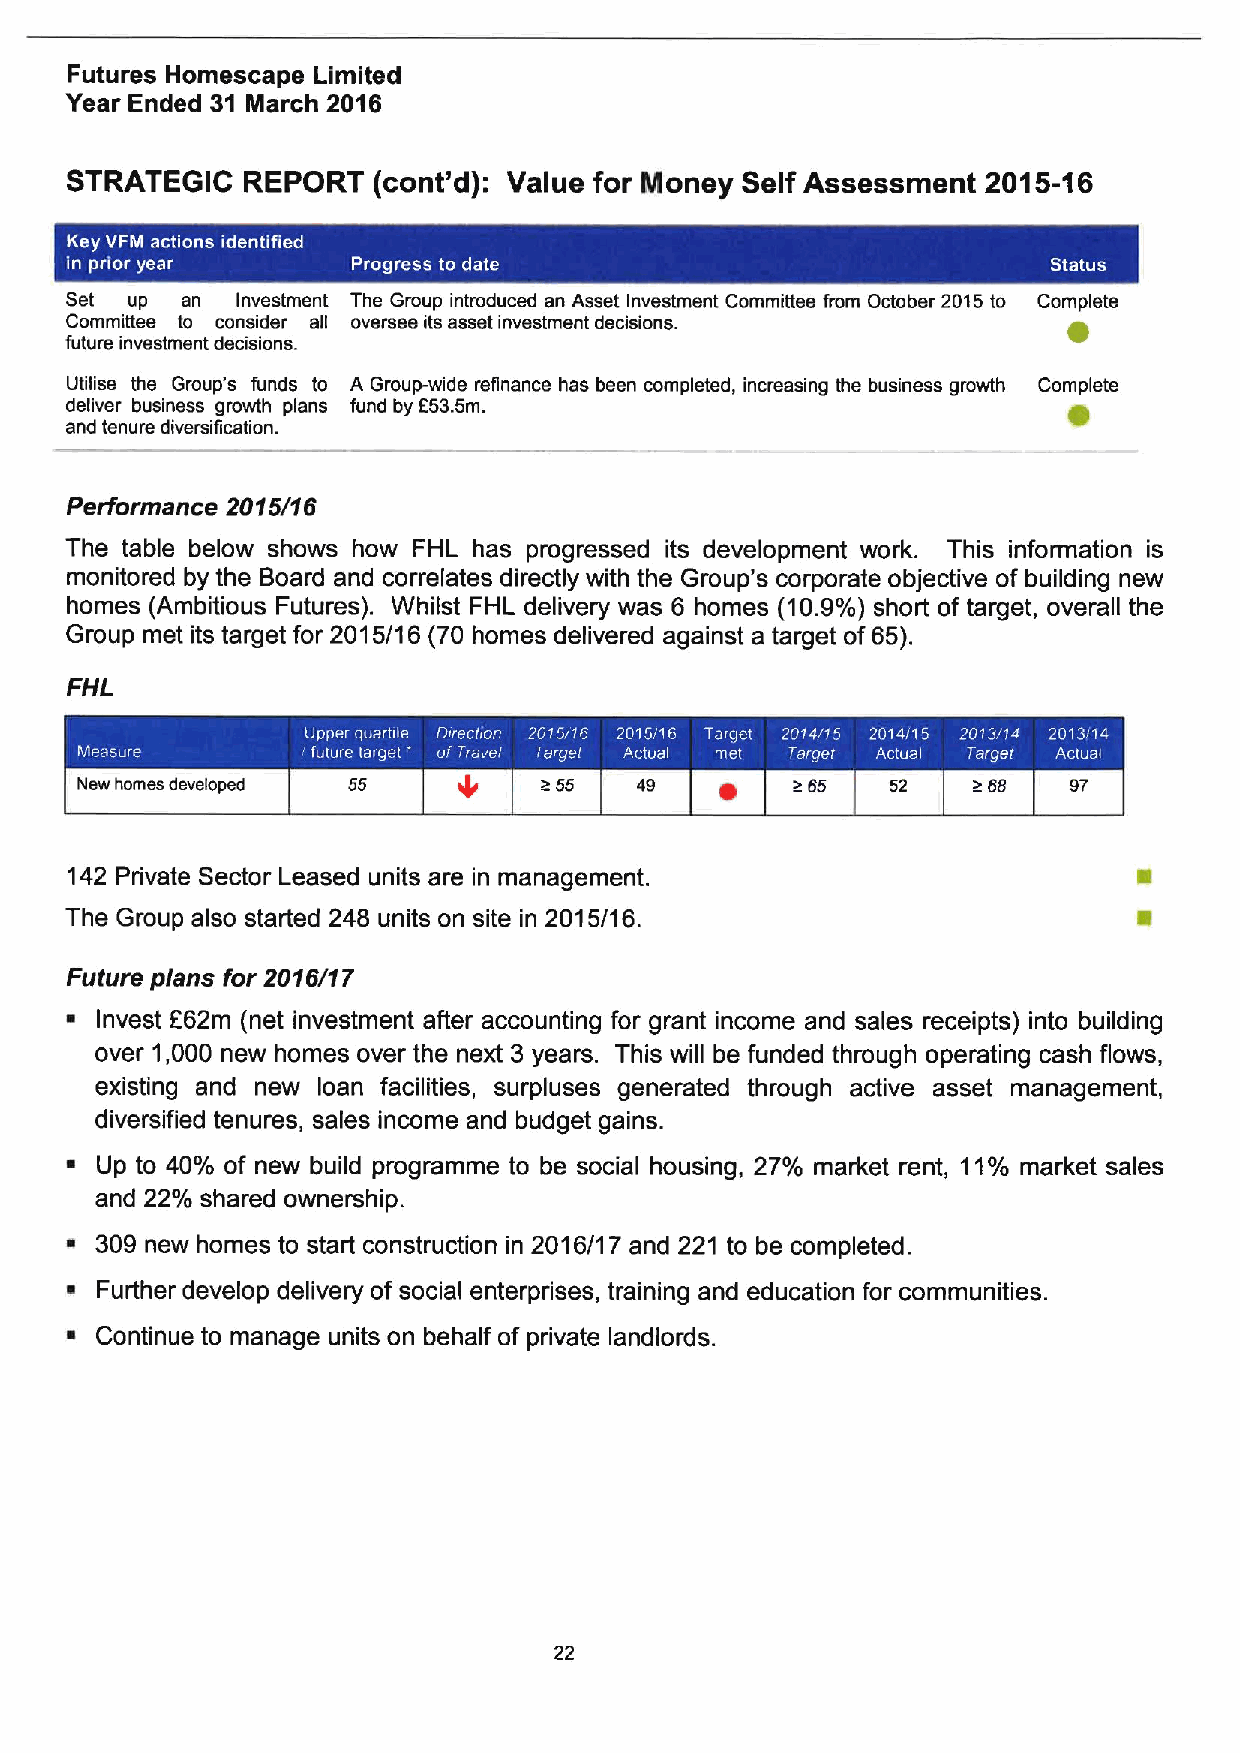
Futures Homescape Limited
 Year Ended 31 March 2016
 STRATEGIC   REPORT   (cont'd): Value for Money Self Assessment 2015-16
 Set up  an  Investment The Group introduced an Asset Investment Committee from October 2015to Complete
 Committee to consider all oversee its asset investment decisions.
 future investment decisions.
 Utilise the Group's funds to A Group-wide refinance has been completed, increasing the business growth Complete
 deliver business growth plans fund by 553.5m.                      0
 and tenure diversification.
 Performance 2015/16
 The table below shows how FHL has progressed its development work. This information is
 monitored by the Board and correlates directly with the Group's corporate objective of building new
 homes (Ambitious Futures). Whilst FHL delivery was 6 homes (10.9%)short of target, overall the
 Group met its target for 2015/16 (70 homes delivered against a target of65).
 FHL
 New homes developed 55         a55   49    ~   985    52   988    97
 142 Private Sector Leased units are in management.
 The Group also started 246 units on site in 2015/16.
 Future plans for 2016/17
 ~ Invest E62m (net investment after accounting for grant income and sales receipts) into building
 over 1,000 new homes over the next 3 years. This will be funded through operating cash flows,
 existing and new loan facilities, surpluses generated through active asset management,
 diversified tenures, sales income and budget gains.
 ~ Up to 40% of new build programme to be social housing, 27% market rent, 11%market sales
 and 22% shared ownership.
 s 309 new homes to start construction in 2016/1 7 and 221 to be completed.
 ~ Further develop delivery of social enterprises, training and education for communities.
 ~ Continue to manage units on behalf of private landlords.
 22